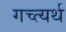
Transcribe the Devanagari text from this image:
गच्त्यर्थ